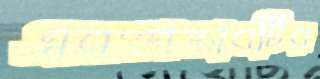
এবংপ্রস্তাবটির